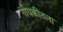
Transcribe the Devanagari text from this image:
गायकीतला